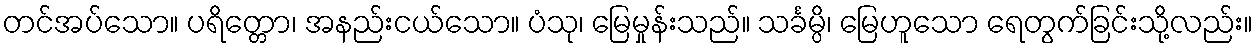
တင်အပ်သော။ ပရိတ္တော၊ အနည်းငယ်သော။ ပံသု၊ မြေမှုန်းသည်။ သင်္ခမ္ပိ၊ မြေဟူသော ရေတွက်ခြင်းသို့လည်း။